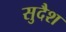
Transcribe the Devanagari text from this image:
सुदैश